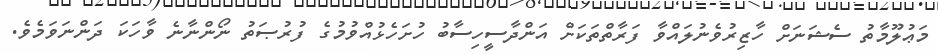
މަޢުލޫމާތު ސެޝަނަށް ހާޒިރުވެނުލައްވާ ފަރާތްތަކަށް އަންދާސީހިސާބު ހުށަހެޅުއްވުމުގެ ފުރުޞަތު ނޯންނާނެ ވާހަކަ ދަންނަވަމެވެ.